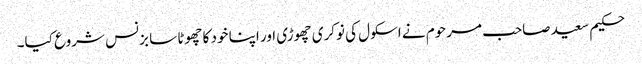
حکیم سعید صاحب مرحوم نے اسکول کی نوکری چھوڑی اور اپنا خود کا چھوٹا سا بزنس شروع کیا۔